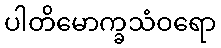
ပါတိမောက္ခသံဝရော